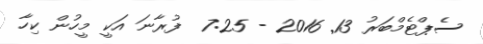
ސެޕްޓެމްބަރު 13